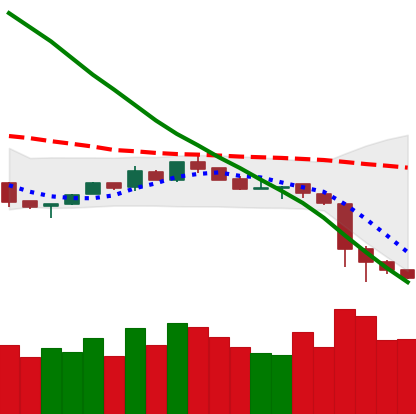
Ticker: NEO-USD
Chart end date: 2018-11-17
Forward return: -32.04%
Label: down_7plus